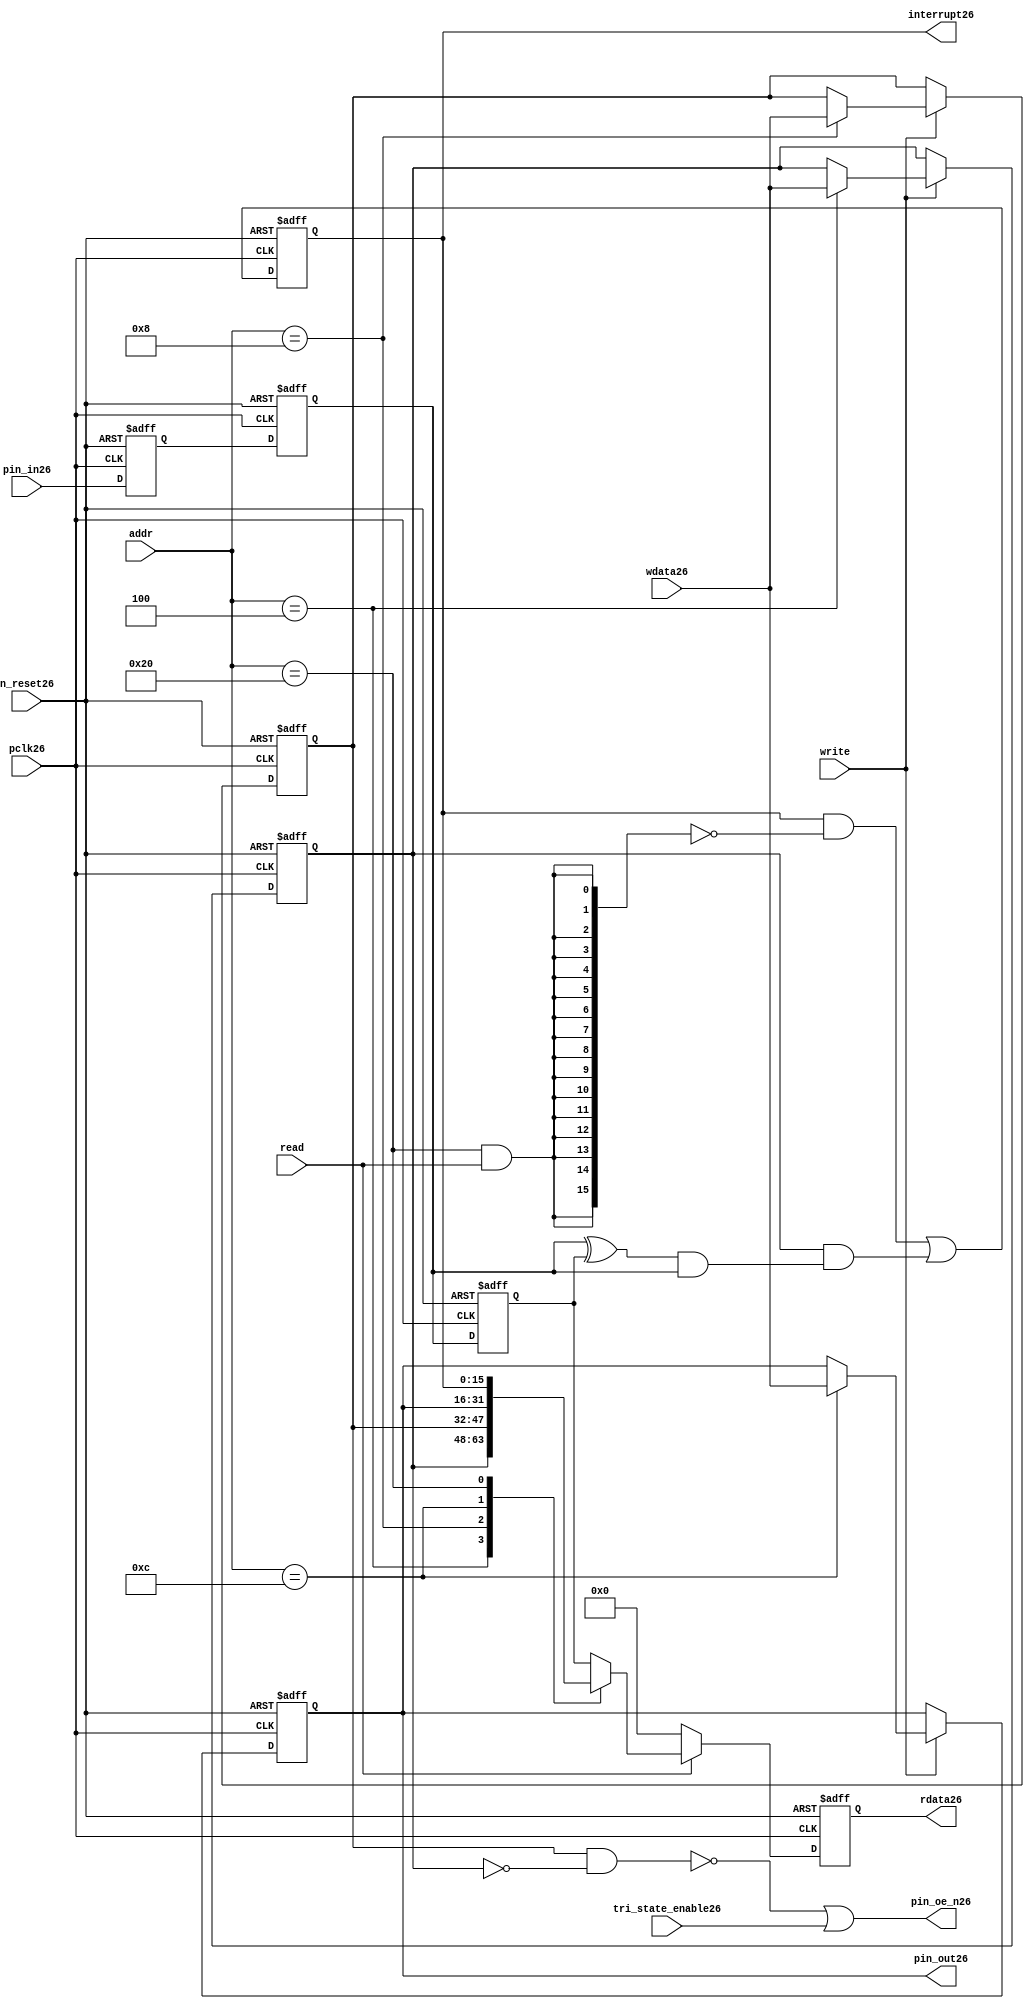
//File26 name   : gpio_lite_subunit26.v
//Title26       : 
//Created26     : 1999
//Description26 : Parametrised26 GPIO26 pin26 circuits26
//Notes26       : 
//----------------------------------------------------------------------
//   Copyright26 1999-2010 Cadence26 Design26 Systems26, Inc26.
//   All Rights26 Reserved26 Worldwide26
//
//   Licensed26 under the Apache26 License26, Version26 2.0 (the
//   "License26"); you may not use this file except26 in
//   compliance26 with the License26.  You may obtain26 a copy of
//   the License26 at
//
//       http26://www26.apache26.org26/licenses26/LICENSE26-2.0
//
//   Unless26 required26 by applicable26 law26 or agreed26 to in
//   writing, software26 distributed26 under the License26 is
//   distributed26 on an "AS26 IS26" BASIS26, WITHOUT26 WARRANTIES26 OR26
//   CONDITIONS26 OF26 ANY26 KIND26, either26 express26 or implied26.  See
//   the License26 for the specific26 language26 governing26
//   permissions26 and limitations26 under the License26.
//----------------------------------------------------------------------


module gpio_lite_subunit26(
  //Inputs26

  n_reset26,
  pclk26,

  read,
  write,
  addr,

  wdata26,
  pin_in26,

  tri_state_enable26,

  //Outputs26
 
  interrupt26,

  rdata26,
  pin_oe_n26,
  pin_out26

);
 
   // Inputs26
   
   // Clocks26   
   input n_reset26;            // asynch26 reset, active low26
   input pclk26;               // Ppclk26

   // Controls26
   input read;               // select26 GPIO26 read
   input write;              // select26 GPIO26 write
   input [5:0] 
         addr;               // address bus of selected master26

   // Dataflow26
   input [15:0]
         wdata26;              // GPIO26 Input26
   input [15:0]
         pin_in26;             // input data from pin26

   //Design26 for Test26 Inputs26
   input [15:0]
         tri_state_enable26;   // disables26 op enable -> Z26




   
   // Outputs26
   
   // Controls26
   output [15:0]
          interrupt26;         // interupt26 for input pin26 change

   // Dataflow26
   output [15:0]
          rdata26;             // GPIO26 Output26
   output [15:0]
          pin_oe_n26;          // output enable signal26 to pin26
   output [15:0]
          pin_out26;           // output signal26 to pin26
   



   
   // Registers26 in module

   //Define26 Physical26 registers in amba_unit26
   reg    [15:0]
          direction_mode26;     // 1=Input26 0=Output26              RW
   reg    [15:0]
          output_enable26;      // Output26 active                 RW
   reg    [15:0]
          output_value26;       // Value outputed26 from reg       RW
   reg    [15:0]
          input_value26;        // Value input from bus          R
   reg    [15:0]
          int_status26;         // Interrupt26 status              R

   // registers to remove metastability26
   reg    [15:0]
          s_synch26;            //stage_two26
   reg    [15:0]
          s_synch_two26;        //stage_one26 - to ext pin26
   
   
    
          
   // Registers26 for outputs26
   reg    [15:0]
          rdata26;              // prdata26 reg
   wire   [15:0]
          pin_oe_n26;           // gpio26 output enable
   wire   [15:0]
          pin_out26;            // gpio26 output value
   wire   [15:0]
          interrupt26;          // gpio26 interrupt26
   wire   [15:0]
          interrupt_trigger26;  // 1 sets26 interrupt26 status
   reg    [15:0]
          status_clear26;       // 1 clears26 interrupt26 status
   wire   [15:0]
          int_event26;          // 1 detects26 an interrupt26 event

   integer ia26;                // loop variable
   


   // address decodes26
   wire   ad_direction_mode26;  // 1=Input26 0=Output26              RW
   wire   ad_output_enable26;   // Output26 active                 RW
   wire   ad_output_value26;    // Value outputed26 from reg       RW
   wire   ad_int_status26;      // Interrupt26 status              R
   
//Register addresses26
//If26 modifying26 the APB26 address (PADDR26) width change the following26 bit widths26
parameter GPR_DIRECTION_MODE26   = 6'h04;       // set pin26 to either26 I26 or O26
parameter GPR_OUTPUT_ENABLE26    = 6'h08;       // contains26 oe26 control26 value
parameter GPR_OUTPUT_VALUE26     = 6'h0C;       // output value to be driven26
parameter GPR_INPUT_VALUE26      = 6'h10;       // gpio26 input value reg
parameter GPR_INT_STATUS26       = 6'h20;       // Interrupt26 status register

//Reset26 Values26
//If26 modifying26 the GPIO26 width change the following26 bit widths26
//parameter GPRV_RSRVD26            = 32'h0000_0000; // Reserved26
parameter GPRV_DIRECTION_MODE26  = 32'h00000000; // Default to output mode
parameter GPRV_OUTPUT_ENABLE26   = 32'h00000000; // Default 3 stated26 outs26
parameter GPRV_OUTPUT_VALUE26    = 32'h00000000; // Default to be driven26
parameter GPRV_INPUT_VALUE26     = 32'h00000000; // Read defaults26 to zero
parameter GPRV_INT_STATUS26      = 32'h00000000; // Int26 status cleared26



   //assign ad_bypass_mode26    = ( addr == GPR_BYPASS_MODE26 );   
   assign ad_direction_mode26 = ( addr == GPR_DIRECTION_MODE26 );   
   assign ad_output_enable26  = ( addr == GPR_OUTPUT_ENABLE26 );   
   assign ad_output_value26   = ( addr == GPR_OUTPUT_VALUE26 );   
   assign ad_int_status26     = ( addr == GPR_INT_STATUS26 );   

   // assignments26
   
   assign interrupt26         = ( int_status26);

   assign interrupt_trigger26 = ( direction_mode26 & int_event26 ); 

   assign int_event26 = ((s_synch26 ^ input_value26) & ((s_synch26)));

   always @( ad_int_status26 or read )
   begin : p_status_clear26

     for ( ia26 = 0; ia26 < 16; ia26 = ia26 + 1 )
     begin

       status_clear26[ia26] = ( ad_int_status26 & read );

     end // for ia26

   end // p_status_clear26

   // p_write_register26 : clocked26 / asynchronous26
   //
   // this section26 contains26 all the code26 to write registers

   always @(posedge pclk26 or negedge n_reset26)
   begin : p_write_register26

      if (~n_reset26)
      
       begin
         direction_mode26  <= GPRV_DIRECTION_MODE26;
         output_enable26   <= GPRV_OUTPUT_ENABLE26;
         output_value26    <= GPRV_OUTPUT_VALUE26;
       end
      
      else 
      
       begin
      
         if (write == 1'b1) // Write value to registers
      
          begin
              
            // Write Mode26
         
            if ( ad_direction_mode26 ) 
               direction_mode26 <= wdata26;
 
            if ( ad_output_enable26 ) 
               output_enable26  <= wdata26;
     
            if ( ad_output_value26 )
               output_value26   <= wdata26;

              

           end // if write
         
       end // else: ~if(~n_reset26)
      
   end // block: p_write_register26



   // p_metastable26 : clocked26 / asynchronous26 
   //
   // This26 process  acts26 to remove  metastability26 propagation
   // Only26 for input to GPIO26
   // In Bypass26 mode pin_in26 passes26 straight26 through

   always @(posedge pclk26 or negedge n_reset26)
      
   begin : p_metastable26
      
      if (~n_reset26)
        begin
         
         s_synch26       <= {16 {1'b0}};
         s_synch_two26   <= {16 {1'b0}};
         input_value26   <= GPRV_INPUT_VALUE26;
         
        end // if (~n_reset26)
      
      else         
        begin
         
         input_value26   <= s_synch26;
         s_synch26       <= s_synch_two26;
         s_synch_two26   <= pin_in26;

        end // else: ~if(~n_reset26)
      
   end // block: p_metastable26


   // p_interrupt26 : clocked26 / asynchronous26 
   //
   // These26 lines26 set and clear the interrupt26 status

   always @(posedge pclk26 or negedge n_reset26)
   begin : p_interrupt26
      
      if (~n_reset26)
         int_status26      <= GPRV_INT_STATUS26;
      
      else 
         int_status26      <= ( int_status26 & ~(status_clear26) // read & clear
                            ) |
                            interrupt_trigger26;             // new interrupt26
        
   end // block: p_interrupt26
   
   
   // p_read_register26  : clocked26 / asynchronous26 
   //
   // this process registers the output values

   always @(posedge pclk26 or negedge n_reset26)

      begin : p_read_register26
         
         if (~n_reset26)
         
           begin

            rdata26 <= {16 {1'b0}};

           end
           
         else //if not reset
         
           begin
         
            if (read == 1'b1)
            
              begin
            
               case (addr)
            
                  
                  GPR_DIRECTION_MODE26:
                     rdata26 <= direction_mode26;
                  
                  GPR_OUTPUT_ENABLE26:
                     rdata26 <= output_enable26;
                  
                  GPR_OUTPUT_VALUE26:
                     rdata26 <= output_value26;
                  
                  GPR_INT_STATUS26:
                     rdata26 <= int_status26;
                  
                  default: // if GPR_INPUT_VALUE26 or unmapped reg addr
                     rdata26 <= input_value26;
            
               endcase
            
              end //end if read
            
            else //in not read
            
              begin // if not a valid read access, keep26 '0'-s 
              
               rdata26 <= {16 {1'b0}};
              
              end //end if not read
              
           end //end else if not reset

      end // p_read_register26


   assign pin_out26 = 
        ( output_value26 ) ;
     
   assign pin_oe_n26 = 
      ( ( ~(output_enable26 & ~(direction_mode26)) ) |
        tri_state_enable26 ) ;

                
  
endmodule // gpio_subunit26